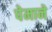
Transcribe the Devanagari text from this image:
पेमाने